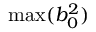
\operatorname* { m a x } ( b _ { 0 } ^ { 2 } )